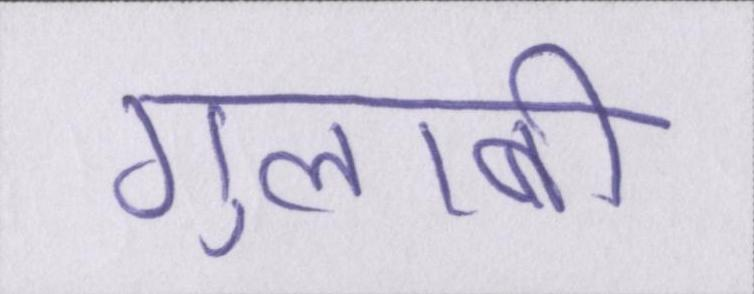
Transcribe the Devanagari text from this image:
गुलाबी